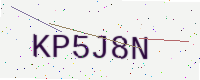
Text: KP5J8N